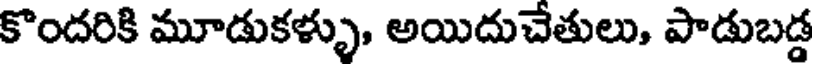
కొందరికి మూడుకళ్ళు, అయిదుచేతులు, పాడుబడ్డ